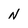
Character: N